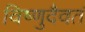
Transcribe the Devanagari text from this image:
विष्णुदैवतं